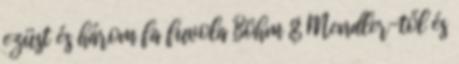
ezüst és három fa fuvola Böhm & Mendler-től és